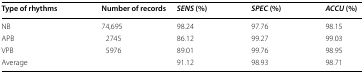
<table><thead><tr><td><b>Type of rhythms</b></td><td><b>Number of records</b></td><td><b><i>SENS</i> (%)</b></td><td><b><i>SPEC</i> (%)</b></td><td><b><i>ACCU</i> (%)</b></td></tr></thead><tbody><tr><td>NB</td><td>74,695</td><td>98.24</td><td>97.76</td><td>98.15</td></tr><tr><td>APB</td><td>2745</td><td>86.12</td><td>99.27</td><td>99.03</td></tr><tr><td>VPB</td><td>5976</td><td>89.01</td><td>99.76</td><td>98.95</td></tr><tr><td colspan="2">Average</td><td>91.12</td><td>98.93</td><td>98.71</td></tr></tbody></table>